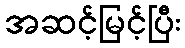
အဆင့်မြင့်ပြီး